Theory and practice of anti-rabic immunisation - Number 30
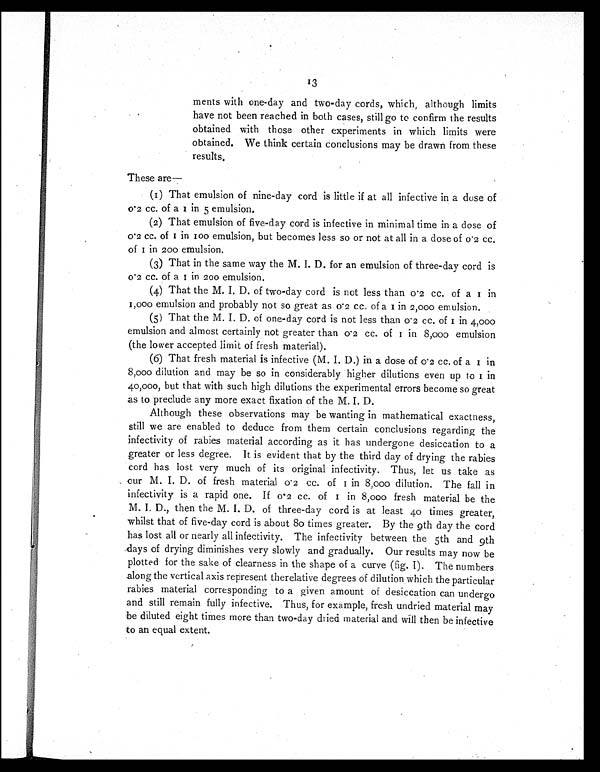
13
ments with one-day and two-day cords, which, although limits
have not been reached in both cases, still go to confirm the results
obtained with those other experiments in which limits were
obtained. We think certain conclusions may be drawn from these
results,
These are—
(1) That emulsion of nine-day cord is little if at all infective in a dose of
0. 2 cc. of a 1 i n 5 emul si on.
(2)That emulsion of five-day cord is infective in minimal time in a dose of
0.2 cc. of 1 in 100 emulsion, but becomes less so or not at all in a dose of 0.2 cc.
o f 1 i n 2 0 0 e m u l s i o n .
(3)That in the same way the M. I. D. for an emulsion of three-day cord is
0.2 cc. of a 1 in 200 emulsion.
(4)That the M. I. D. of two-day cord is not less than 0'2 cc. of a 1 in
1,000 emulsion and probably not so great as 0.2 cc. of a 1 in 2,000 emulsion.
(5)That the M. I. D. of one-day cord is not less than 0.2 cc. of 1 in 4,000
emulsion and almost certainly not greater than 0.2 cc. of 1 in 8,000 emulsion
(the lower accepted limit of fresh material).
(6)That fresh material is infective (M. I. D.) in a dose of 0.2 cc. of a 1 in
8,000 dilution and may be so in considerably higher dilutions even up to 1 in
40,000, but that with such high dilutions the experimental errors become so great
as to preclude any more exact fixation of the M. I. D.
Although these observations may be wanting in mathematical exactness,
still we are enabled to deduce from them certain conclusions regarding the
infectivity of rabies material according as it has undergone desiccation to a
greater or less degree. It is evident that by the third day of drying the rabies
cord has lost very much of its original infectivity. Thus, let us take as
our M. I. D. of fresh material 0.2 cc. of 1 in 8,000 dilution. The fall in
infectivity is a rapid one. If 0.2 cc. of 1 in 8,000 fresh material be the
M. I. D., then the M. I. D. of three-day cord is at least 40 times greater,
whilst that of five-day cord is about 80 times greater. By the 9th day the cord
has lost all or nearly all infectivity. The infectivity between the 5th and 9th
days of drying diminishes very slowly and gradually. Our results may now be
plotted for the sake of clearness in the shape of a curve (fig. I). The numbers
along the vertical axis represent therelative degrees of dilution which the particular
rabies material corresponding to a given amount of desiccation can undergo
and still remain fully infective. Thus, for example, fresh undried material may
be diluted eight times more than two-day dried material and will then be infective
to an equal extent.